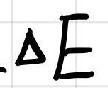
$\Delta E$